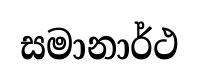
සමානාර්ථ